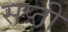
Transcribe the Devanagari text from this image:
सप्ती